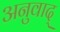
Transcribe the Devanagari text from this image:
अनुवाद्